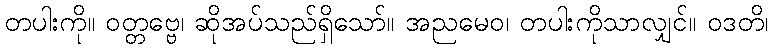
တပါးကို။ ဝတ္တဗ္ဗေ၊ ဆိုအပ်သည်ရှိသော်။ အညမေဝ၊ တပါးကိုသာလျှင်။ ဝဒတိ၊